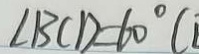
\angle B C D = 6 0 ^ { \circ } (